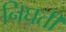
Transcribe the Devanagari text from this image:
निघती